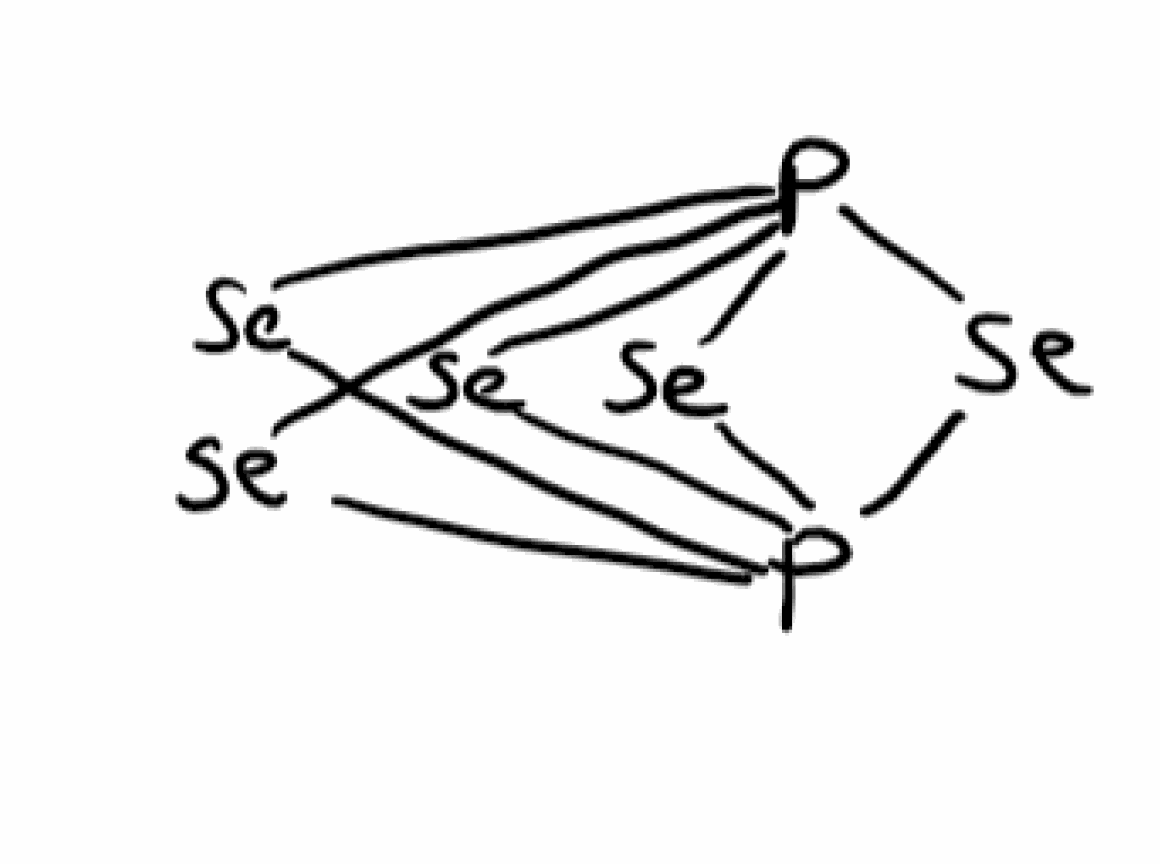
Simplified molecular-input line-entry system (SMILES) notation of the given molecule:
P1234[Se]P([Se]1)([Se]2)([Se]3)[Se]4